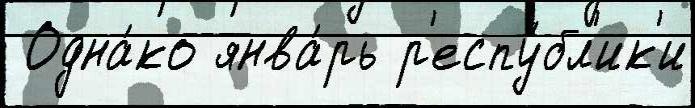
 Одна́ко янва́рь р'еспу́бл'ик'и